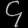
Digit: ၄